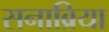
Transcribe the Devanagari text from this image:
सनाब्रिया